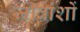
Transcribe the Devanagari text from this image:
जीवांशों